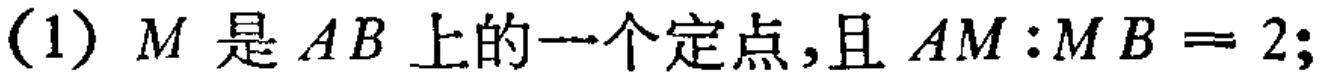
(1) \(M\)是\(AB\)上的一个定点,且\(AM:MB = 2\);